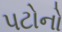
પટોનો